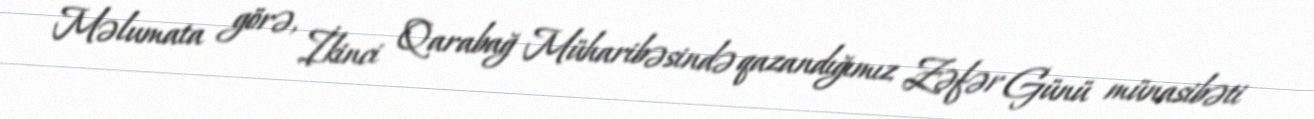
Məlumata görə, İkinci Qarabağ Müharibəsində qazandığımız Zəfər Günü münasibəti